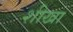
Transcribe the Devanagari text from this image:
शीखा